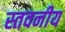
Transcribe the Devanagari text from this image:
स्तवनीय